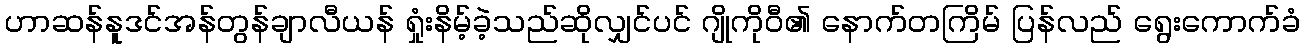
ဟာဆန်နူဒင်အန်တွန်ချာလီယန် ရှုံးနိမ့်ခဲ့သည်ဆိုလျှင်ပင် ဂျိုကိုဝီ၏ နောက်တကြိမ် ပြန်လည် ရွေးကောက်ခံ